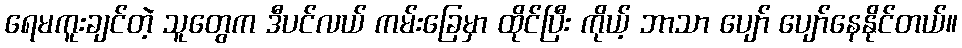
ရေမကူးချင်တဲ့ သူတွေက ဒီပင်လယ် ကမ်းခြေမှာ ထိုင်ပြီး ကိုယ့် ဘာသာ ပျော် ပျော်နေနိုင်တယ်။